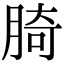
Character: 䐀